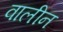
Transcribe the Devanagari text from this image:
वालीन